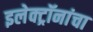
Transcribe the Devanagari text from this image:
इलेक्ट्रॉनांचा